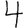
Digit: 4